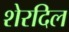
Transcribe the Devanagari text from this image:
शेरदिल